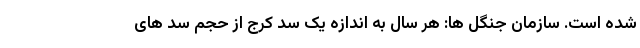
شده است. سازمان جنگل ها: هر سال به اندازه یک سد کرج از حجم سد های